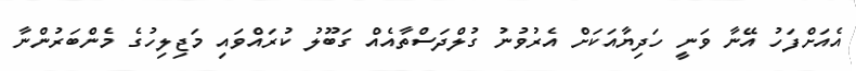
އެއަށްފަހު އޭނާ ވަނީ ހަދިޔާއަކަށް އެރުވުނު ގުލްދަސްތާއެއް ގަބޫލު ކުރައްވައި މަޖިލިހުގެ މެންބަރުންނާ